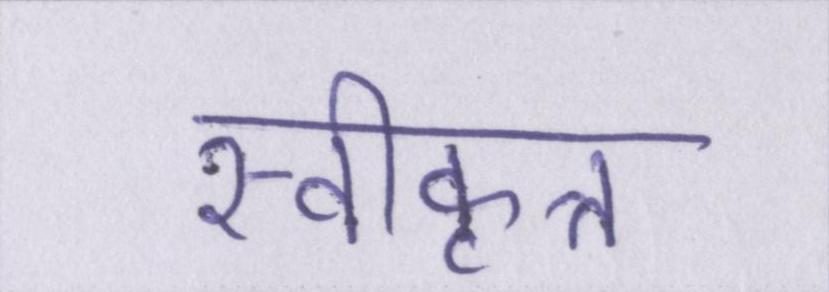
स्वीकृत्त